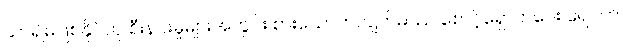
သာ၍မဖြစ်နိုင်ဟု စီးနင်းမှုများအတွင်း စားသောက်လျက်မိဿ စောင့်ရှောက်ပေး ရေဝက်